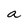
Character: a